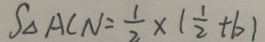
S _ { \Delta A C N } = \frac { 1 } { 2 } \times ( \frac { 1 } { 2 } + b )